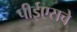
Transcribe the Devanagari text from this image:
पीईएसचे